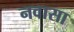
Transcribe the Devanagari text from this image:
नवासा